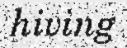
hiving